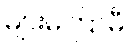
များမကြာမီ